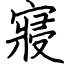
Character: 寢